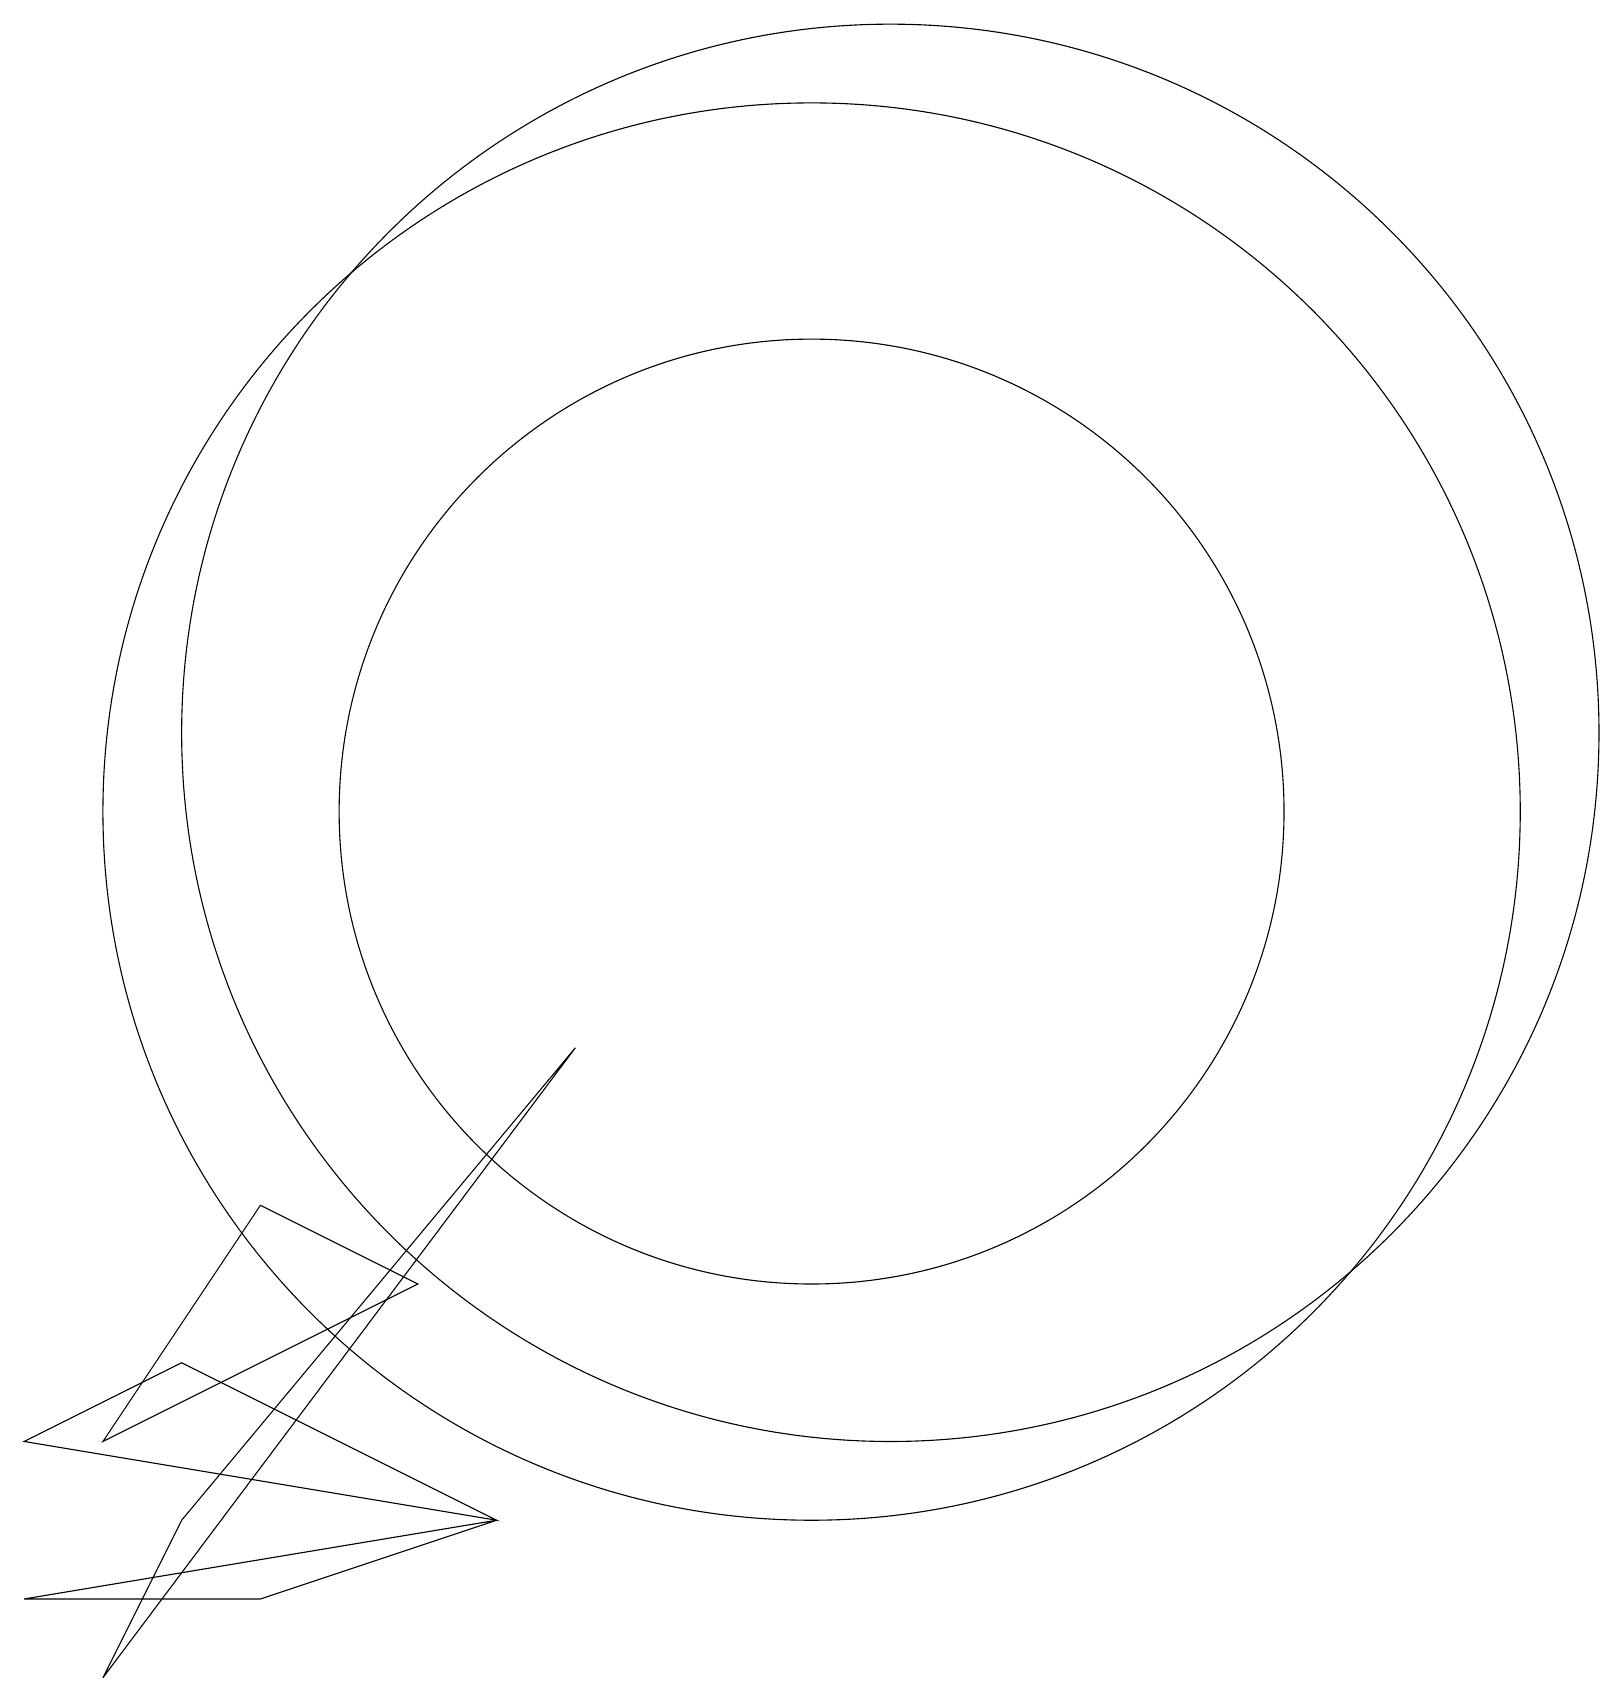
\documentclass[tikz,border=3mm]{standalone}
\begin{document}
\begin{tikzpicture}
\draw (4,1) -- (7,2) -- (1,1) -- cycle;
\draw (4,6) -- (6,5) -- (2,3) -- cycle;
\draw (11,11) circle (6);
\draw (8,8) -- (2,0) -- (3,2) -- cycle;
\draw (3,4) -- (1,3) -- (7,2) -- cycle;
\draw (11,11) circle (9);
\draw (12,12) circle (9);
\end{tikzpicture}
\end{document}